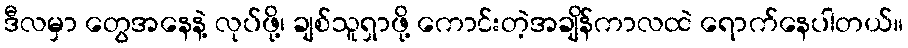
ဒီလမှာ တွေအနေနဲ့ လုပ်ဖို့၊ ချစ်သူရှာဖို့ ကောင်းတဲ့အချိန်ကာလထဲ ရောက်နေပါတယ်။